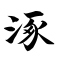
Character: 涿